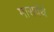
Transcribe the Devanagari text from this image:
मारावंथे